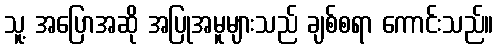
သူ့ အပြောအဆို အပြုအမူများသည် ချစ်စရာ ကောင်းသည်။